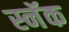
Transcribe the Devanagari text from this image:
स्नॅक